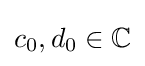
c_{0},d_{0}\in \mathbb {C}